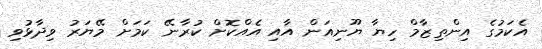
އެކަމުގެ އިންތިޒާމް ހިޔާ ޔޫނިއަން އާއި އެއްކޮށް ކުރާނޭ ކަމަށް މޭޔަރު ވިދާޅުވި